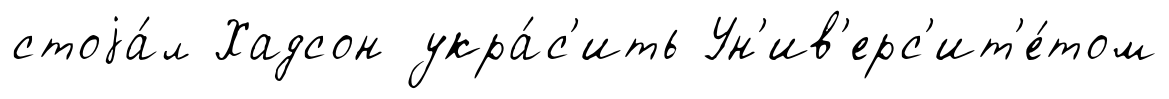
стоjа́л Хадсон укра́с'ить Ун'ив'ерс'ит'е́том